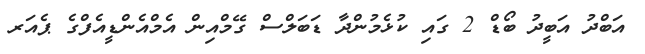
އަބްދު އަބީދު ބޯޑް 2 ގައި ކުޅެމުންދާ ޑަބަލްސް ގޭމްއިން އެމްއެންޑީއެފްގެ ޕެއަރ